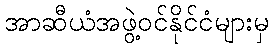
အာဆီယံအဖွဲ့ဝင်နိုင်ငံများမှ